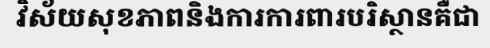
វិស័យសុខភាពនិងការការពារបរិស្ថានគឺជា